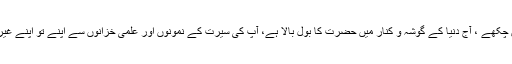
لیکن یہ بھی سچ کہاگیاہے کہ جسے اللہ رکھے اسے کون چکھے ، آج دنیا کے گوشہ و کنار میں حضرت کا بول بالا ہے، آپ کی سیرت کے نمونوں اور علمی خزانوں سے اپنے تو اپنے غیر بھی مستفیض ہورہے ہیں اور آئندہ بھی ہوتے رہیں گے ۔